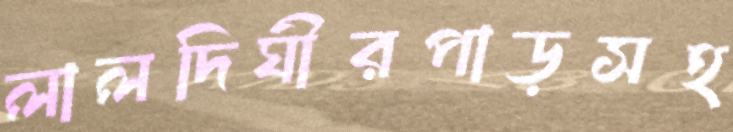
লালদিঘীরপাড়সহ